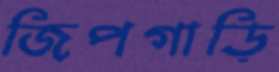
জিপগাড়ি